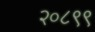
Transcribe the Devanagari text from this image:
२०८९९